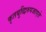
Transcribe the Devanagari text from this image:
कृतबुद्धिरुपजाएते